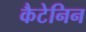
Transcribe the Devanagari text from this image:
कैटेनिन